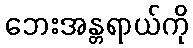
ဘေးအန္တရာယ်ကို